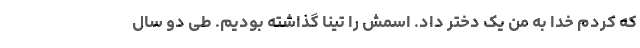
که کردم خدا به من یک دختر داد. اسمش را تینا گذاشته بودیم. طی دو سال